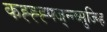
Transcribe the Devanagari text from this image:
कह्ह्ह्फ्ज्न्न्व्सुज्म्हि